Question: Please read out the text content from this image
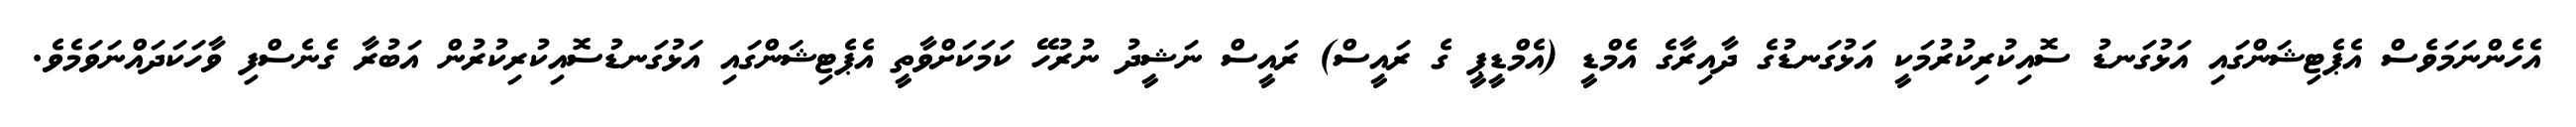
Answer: އެހެންނަމަވެސް އެޕެޓިޝަންގައި އަޅުގަނޑު ސޮއިކުރިކުރުމަކީ އަޅުގަނޑުގެ ދާއިރާގެ އެމްޑީ (އެމްޑީޕީ ގެ ރައީސް) ރައީސް ނަޝީދު ނުރުހޭ ކަމަކަށްވާތީ އެޕެޓިޝަންގައި އަޅުގަނޑުސޮއިކުރިކުރުން އަބުރާ ގެނެސްފި ވާހަކަދައްނަވަމެވެ.